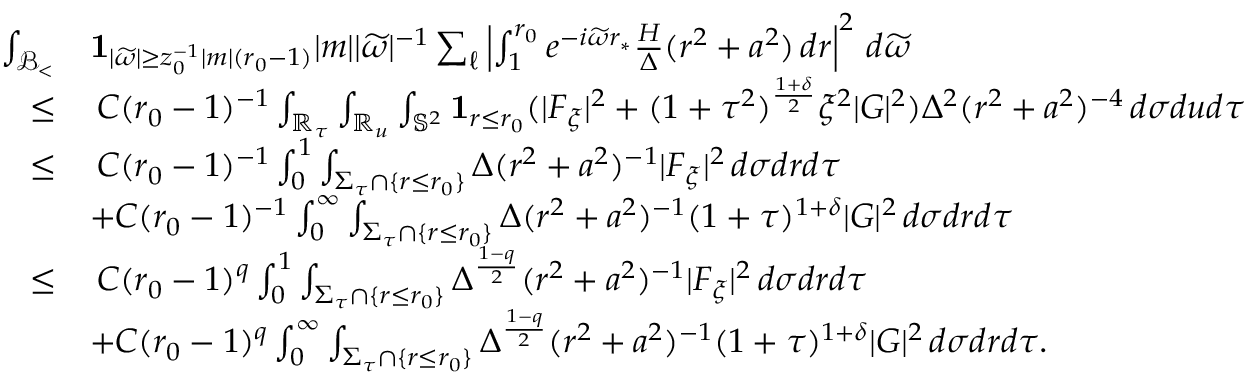
\begin{array} { r l } { \int _ { { \mathcal { B } _ { < } } } } & { \mathbf { 1 } _ { | \widetilde { \omega } | \geq z _ { 0 } ^ { - 1 } | m | ( r _ { 0 } - 1 ) } | m | | \widetilde { \omega } | ^ { - 1 } \sum _ { \ell } \left| \int _ { 1 } ^ { r _ { 0 } } e ^ { - i \widetilde { \omega } r _ { * } } \frac { H } { \Delta } ( r ^ { 2 } + a ^ { 2 } ) \, d r \right| ^ { 2 } \, d \widetilde { \omega } } \\ { \leq } & { \: C ( r _ { 0 } - 1 ) ^ { - 1 } \int _ { \mathbb { R } _ { \tau } } \int _ { \mathbb { R } _ { u } } \int _ { \mathbb { S } ^ { 2 } } \mathbf { 1 } _ { r \leq r _ { 0 } } ( | F _ { \xi } | ^ { 2 } + ( 1 + \tau ^ { 2 } ) ^ { \frac { 1 + \delta } { 2 } } \xi ^ { 2 } | G | ^ { 2 } ) \Delta ^ { 2 } ( r ^ { 2 } + a ^ { 2 } ) ^ { - 4 } \, d \sigma d u d \tau } \\ { \leq } & { \: C ( r _ { 0 } - 1 ) ^ { - 1 } \int _ { 0 } ^ { 1 } \int _ { \Sigma _ { \tau } \cap \{ r \leq r _ { 0 } \} } \Delta ( r ^ { 2 } + a ^ { 2 } ) ^ { - 1 } | F _ { \xi } | ^ { 2 } \, d \sigma d r d \tau } \\ & { + C ( r _ { 0 } - 1 ) ^ { - 1 } \int _ { 0 } ^ { \infty } \int _ { \Sigma _ { \tau } \cap \{ r \leq r _ { 0 } \} } \Delta ( r ^ { 2 } + a ^ { 2 } ) ^ { - 1 } ( 1 + \tau ) ^ { 1 + \delta } | G | ^ { 2 } \, d \sigma d r d \tau } \\ { \leq } & { \: C ( r _ { 0 } - 1 ) ^ { q } \int _ { 0 } ^ { 1 } \int _ { \Sigma _ { \tau } \cap \{ r \leq r _ { 0 } \} } \Delta ^ { \frac { 1 - q } { 2 } } ( r ^ { 2 } + a ^ { 2 } ) ^ { - 1 } | F _ { \xi } | ^ { 2 } \, d \sigma d r d \tau } \\ & { + C ( r _ { 0 } - 1 ) ^ { q } \int _ { 0 } ^ { \infty } \int _ { \Sigma _ { \tau } \cap \{ r \leq r _ { 0 } \} } \Delta ^ { \frac { 1 - q } { 2 } } ( r ^ { 2 } + a ^ { 2 } ) ^ { - 1 } ( 1 + \tau ) ^ { 1 + \delta } | G | ^ { 2 } \, d \sigma d r d \tau . } \end{array}